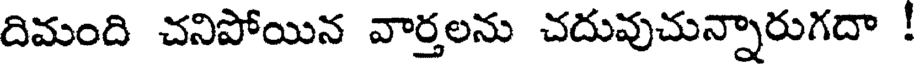
దిమంది చనిపోయిన వార్తలను చదువుచున్నారుగదా !